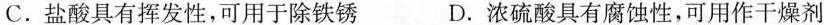
C.盐酸具有挥发性，可用于除铁锈 D.浓硫酸具有腐蚀性，可用作干燥剂